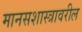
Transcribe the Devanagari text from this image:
मानसशास्‍त्रावरील